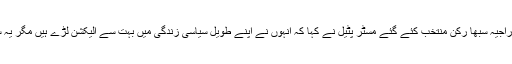
مسلسل پانچویں بار راجیہ سبھا رکن منتخب کئے گئے مسٹر پٹیل نے کہا کہ انہوں نے اپنے طویل سیاسی زندگی میں بہت سے الیکشن لڑے ہیں مگر یہ سب سے مشکل تھا۔